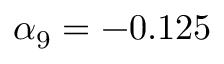
\alpha _ { 9 } = - 0 . 1 2 5